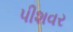
પીશવર